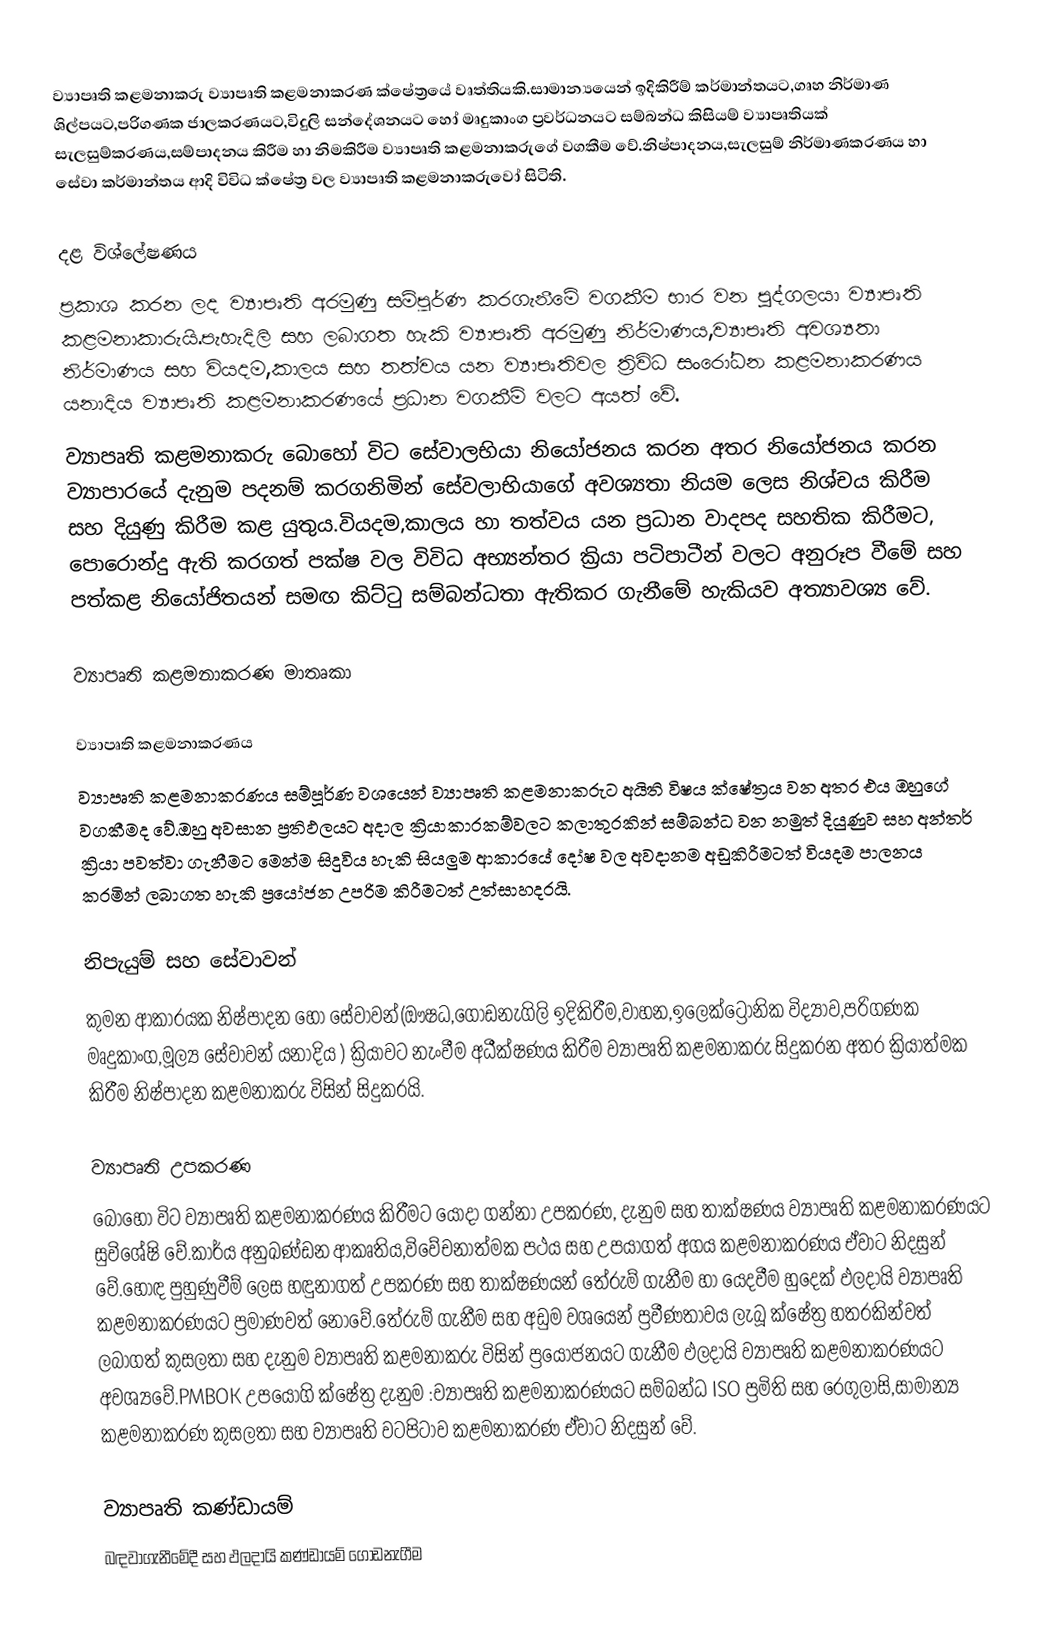
ව්‍යාපෘති කළමනාකරු ව්‍යාපෘති කළමනාකරණ ක්ෂේත්‍රයේ වෘත්තියකි.සාමාන්‍යයෙන් ඉදිකිරීම් කර්මාන්තයට,ගෘහ නිර්මාණ ශිල්පයට,පරිගණක ජාලකරණයට,විදුලි සන්දේශනයට හෝ මෘදුකාංග ප්‍රවර්ධනයට සම්බන්ධ කිසියම් ව්‍යාපෘතියක් සැලසුම්කරණය,සම්පාදනය කිරීම හා නිමකිරීම ව්‍යාපෘති කළමනාකරුගේ වගකීම වේ.නිෂ්පාදනය,සැලසුම් නිර්මාණකරණය හා සේවා කර්මාන්තය ආදි විවිධ ක්ෂේත්‍ර වල ව්‍යාපෘති කළමනාකරුවෝ සිටිති.

දළ විශ්ලේෂණය
ප්‍රකාශ කරන ලද ව්‍යාපෘති අරමුණු සම්පූර්ණ කරගැනීමේ වගකීම භාර වන පුද්ගලයා ව්‍යාපෘති කළමනාකාරුයි.පැහැදිලි සහ ලබාගත හැකි ව්‍යාපෘති අරමුණු නිර්මාණය,ව්‍යාපෘති අවශ්‍යතා නිර්මාණය සහ වියදම,කාලය සහ තත්වය යන ව්‍යාපෘතිවල ත්‍රිවිධ සංරෝධන කළමනාකරණය යනාදිය ව්‍යාපෘති කළමනාකරණයේ ප්‍රධාන වගකීම් වලට අයත් වේ.
ව්‍යාපෘති කළමනාකරු බොහෝ විට සේවාලභියා නියෝජනය කරන අතර නියෝජනය කරන ව්‍යාපාරයේ දැනුම පදනම් කරගනිමින් සේවලාභියාගේ අවශ්‍යතා නියම ලෙස නිශ්චය කිරීම සහ දියුණු කිරීම කළ යුතුය.වියදම,කාලය හා තත්වය යන ප්‍රධාන වාදපද සහතික කිරීමට, පොරොන්දු ඇති කරගත් පක්ෂ වල විවිධ අභ්‍යන්තර ක්‍රියා පටිපාටීන් වලට අනුරූප වීමේ සහ පත්කළ නියෝජිතයන් සමඟ කිට්ටු සම්බන්ධතා ඇතිකර ගැනීමේ හැකියව අත්‍යාවශ්‍ය වේ.

ව්‍යාපෘති කළමනාකරණ මාතෘකා

ව්‍යාපෘති කළමනාකරණය
ව්‍යාපෘති කළමනාකරණය සම්පූර්ණ වශයෙන් ව්‍යාපෘති කළමනාකරුට අයිති විෂය ක්ෂේත්‍රය වන අතර එය ඔහුගේ වගකීමද වේ.ඔහු අවසාන ප්‍රතිඵලයට අදාල ක්‍රියාකාරකම්වලට කලාතුරකින් සම්බන්ධ වන නමුත් දියුණුව සහ අන්තර් ක්‍රියා පවත්වා ගැනීමට මෙන්ම සිදුවිය හැකි සියලුම ආකාරයේ දෝෂ වල අවදානම අඩුකිරීමටත් වියදම පාලනය කරමින් ලබාගත හැකි ප්‍රයෝජන උපරිම කිරීමටත් උත්සාහදරයි.

නිපැයුම් සහ සේවාවන්
කුමන ආකාරයක නිෂ්පාදන හෝ සේවාවන්(ඖෂධ,ගොඩනැගිලි ඉදිකිරීම,වාහන,ඉලෙක්ට්‍රොනික විද්‍යාව,පරිගණක මෘදුකාංග,මූල්‍ය සේවාවන් යනාදිය ) ක්‍රියාවට නැංවීම අධීක්ෂණය කිරීම ව්‍යාපෘති කළමනාකරු සිදුකරන අතර ක්‍රියාත්මක කිරීම නිෂ්පාදන කළමනාකරු විසින් සිදුකරයි.

ව්‍යාපෘති උපකරණ
බොහෝ විට ව්‍යාපෘති කළමනාකරණය කිරීමට යොදා ගන්නා උපකරණ, දැනුම සහ තාක්ෂණය ව්‍යාපෘති කළමනාකරණයට සුවිශේෂි වේ.කාර්ය අනුඛණ්ඩන ආකෘතිය,විවේචනාත්මක පථය සහ උපයාගත් අගය කළමනාකරණය ඒවාට නිදසුන් වේ.හොඳ පුහුණුවීම් ලෙස හඳුනාගත් උපකරණ සහ තාක්ෂණයන් තේරුම් ගැනීම හා යෙදවීම හුදෙක් ඵලදායි ව්‍යාපෘති කළමනාකරණයට ප්‍රමාණවත් නොවේ.තේරුම් ගැනීම සහ අඩුම වශයෙන් ප්‍රවීණතාවය ලැබූ ක්ෂේත්‍ර හතරකින්වත් ලබාගත් කුසලතා සහ දැනුම ව්‍යාපෘති කළමනාකරු විසින් ප්‍රයෝජනයට ගැනීම ඵලදායි ව්‍යාපෘති කළමනාකරණයට අවශ්‍යවේ.PMBOK උපයෝගි ක්ෂේත්‍ර දැනුම :ව්‍යාපෘති කළමනාකරණයට සම්බන්ධ ISO ප්‍රමිති සහ රෙගුලාසි,සාමාන්‍ය කළමනාකරණ කුසලතා සහ ව්‍යාපෘති වටපිටාව කළමනාකරණ ඒවාට නිදසුන් වේ.

ව්‍යාපෘති කණ්ඩායම්
බඳවාගැනීමේදී සහ ඵලදායි කණ්ඩායම් ගොඩනැගීම